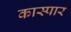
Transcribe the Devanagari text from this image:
कास्पार